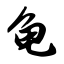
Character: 龟